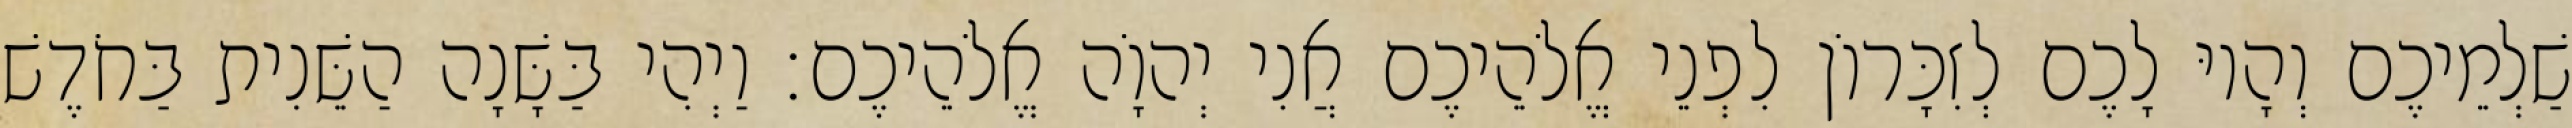
שַׁלְמֵיכֶם וְהָיוּ לָכֶם לְזִכָּרוֹן לִפְנֵי אֱלֹהֵיכֶם אֲנִי יְהוָֹה אֱלֹהֵיכֶם׃ וַיְהִי בַּשָּׁנָה הַשֵּׁנִית בַּחֹדֶשׁ